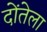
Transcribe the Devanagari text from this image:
दोंतेला